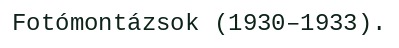
Fotómontázsok (1930–1933).